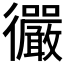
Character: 𫹪